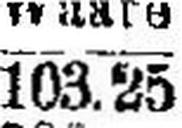
103.25